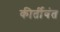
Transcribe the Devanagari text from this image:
कीर्तीवंत